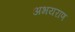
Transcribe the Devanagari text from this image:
अभयराण